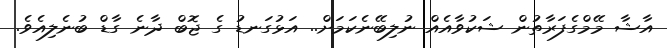
އާޝާ މޭމްގެފަރާތުން ޝަކުވާއެއް ނުލިބޭނެކަމަށް.. އަޅުގަނޑު ގެ ޖޮބް ދާނެ ގާޑް ބުނެލިއެވެ.